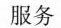
服务